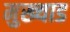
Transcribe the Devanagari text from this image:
मुख्याड